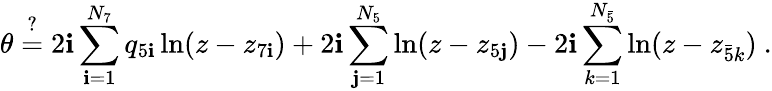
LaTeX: \theta\stackrel{?}{=}2\mathbf{i}\sum_{\mathbf{i}=1}^{N_{7}}q_{5\mathbf{i}}\ln(z-z_{7\mathbf{i}})+2\mathbf{i}\sum_{\mathbf{j}=1}^{N_{5}}\ln(z-z_{5\mathbf{j}})-2\mathbf{i}\sum_{k=1}^{N_{\bar{{5}}}}\ln(z-z_{\bar{{5}}k})\ .